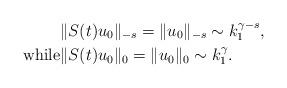
LaTeX: \begin{align*}&\|S(t)u_0\|_{-s}=\|u_0\|_{-s}\sim k_1^{\gamma-s}, \\ {\rm while} &\|S(t)u_0\|_{0}=\|u_0\|_{0}\sim k_1^{\gamma}.\end{align*}